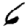
Digit: 6